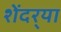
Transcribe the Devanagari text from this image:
शेंदर्‍या